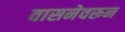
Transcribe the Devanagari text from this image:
वासनेवरून